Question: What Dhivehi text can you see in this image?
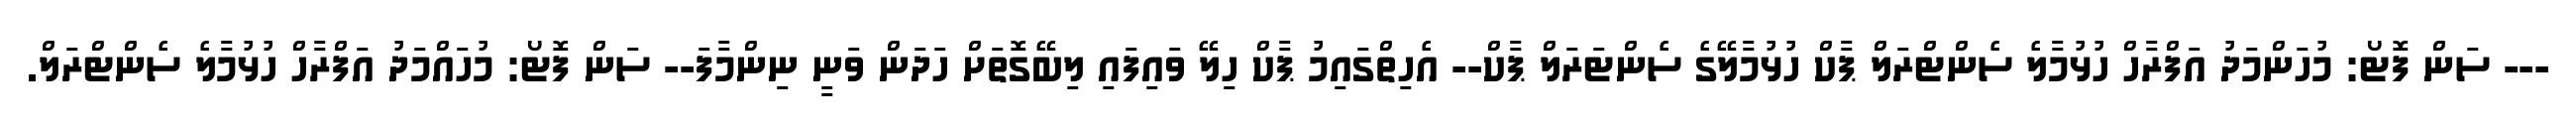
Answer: --- ސަން ފޮޓޯ: މުހަންމަދު އަފްރާހް ހުޅުމާލެ ސެންޓްރަލް ޕާކް ހުޅުމާލޭގެ ސެންޓަރަލް ޕާކް-- އެހިތްގައިމު ޕާކް ހިލޭ ވައިފައި ލިބޭގޮތަށް ހަދަން ވަނީ ނިންމާފަ-- ސަން ފޮޓޯ: މުހައްމަދު އަފްރާހް ހުޅުމާލެ ސެންޓްރަލް.